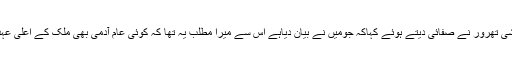
تنازعہ کے بعد ششی تھرور نے صفائی دیتے ہوئے کہاکہ جومیں نے بیان دیاہے اس سے میرا مطلب یہ تھا کہ کوئی عام آدمی بھی ملک کے اعلیٰ عہدہ پرپہنچ سکتاہے۔